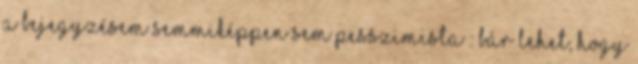
A bejegyzésem semmiképpen sem pesszimista : bár lehet, hogy